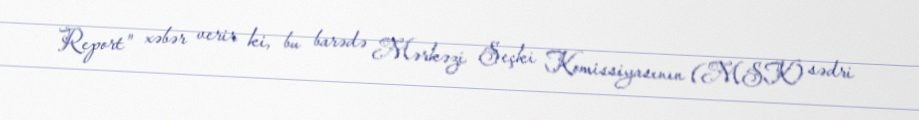
Report" xəbər verir ki, bu barədə Mərkəzi Seçki Komissiyasının (MSK) sədri